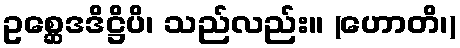
ဥစ္ဆေဒဒိဋ္ဌိပိ၊ သည်လည်း။ (ဟောတိ၊)